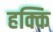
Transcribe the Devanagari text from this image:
हक्कि